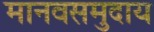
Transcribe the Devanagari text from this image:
मानवसमुदाय